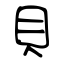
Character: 貝